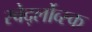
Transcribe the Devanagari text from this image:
स्वेर्द्लोव्स्क